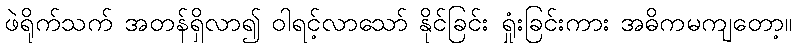
ဖဲရိုက်သက် အတန်ရှိလာ၍ ဝါရင့်လာသော် နိုင်ခြင်း ရှုံးခြင်းကား အဓိကမကျတော့။